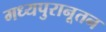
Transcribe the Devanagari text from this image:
मध्यपुरानूतन